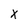
Character: X